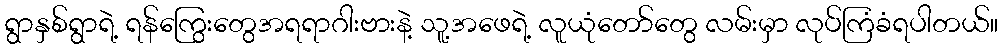
ရွာနှစ်ရွာရဲ့ ရန်ကြွေးတွေအရရာဂါးဗားနဲ့ သူ့အဖေရဲ့ လူယုံတော်တွေ လမ်းမှာ လုပ်ကြံခံရပါတယ်။